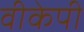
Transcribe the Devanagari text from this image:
वीकेपी